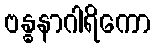
ဗန္ဓနာဂါရိကော